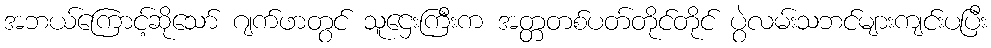
အဘယ်ကြောင့်ဆိုသော် ဂျက်ဖာတွင် သူဌေးကြီးက အတ္တတစ်ပတ်တိုင်တိုင် ပွဲလမ်းသဘင်များကျင်းပပြီး